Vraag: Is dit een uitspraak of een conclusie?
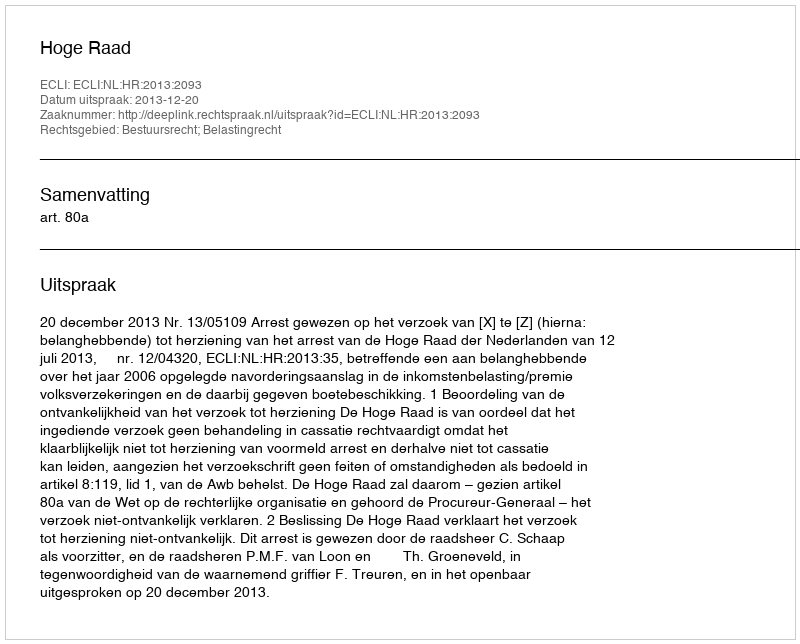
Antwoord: Uitspraak